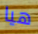
هيا